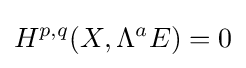
H^{p,q}(X,\Lambda ^{a}E)=0